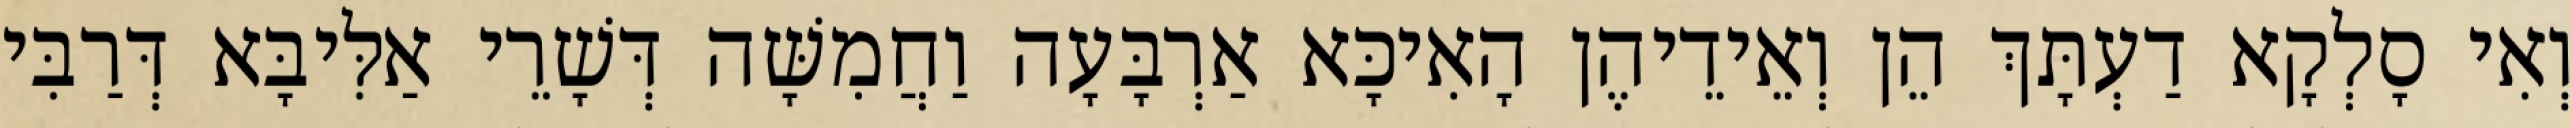
וְאִי סָלְקָא דַעְתָּךְ הֵן וְאֵידֵיהֶן הָאִיכָּא אַרְבָּעָה וַחֲמִשָּׁה דְּשָׁרֵי אַלִּיבָּא דְּרַבִּי